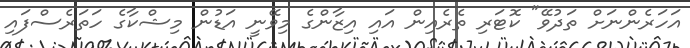
އަހަރެންނަށް ތަދުވޭ" ކޮޓަރި ތެރެއިން އައި އިޒާންގެ މިވޭނީ އަޑުން މިޝްކާގެ ހަތަރެސްފައި